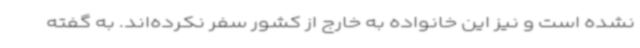
نشده است و نیز این خانواده به خارج از کشور سفر نکرده‌اند. به گفته